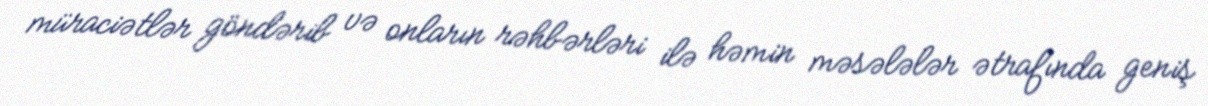
müraciətlər göndərib və onların rəhbərləri ilə həmin məsələlər ətrafında geniş